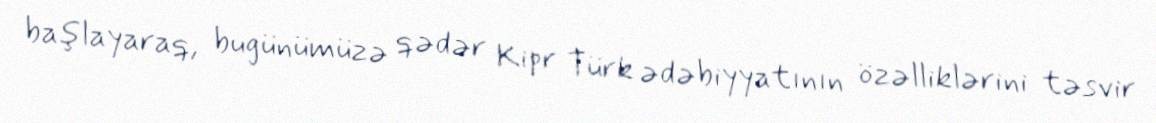
başlayaraq, bugünümüzə qədər Kipr Türk ədəbiyyatının özəlliklərini təsvir